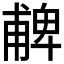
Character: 𠧃